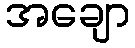
အချော